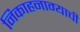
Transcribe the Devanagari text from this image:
निकाहनाम्याची